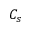
C _ { s }